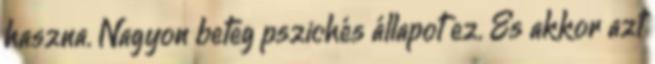
haszna. Nagyon beteg pszichés állapot ez. És akkor azt